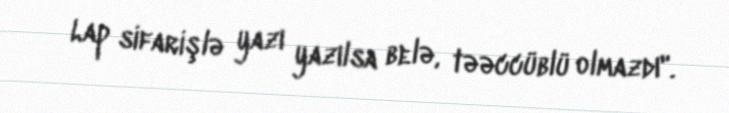
Lap sifarişlə yazı yazılsa belə, təəccüblü olmazdı".